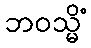
ဘဝသ္မိံ